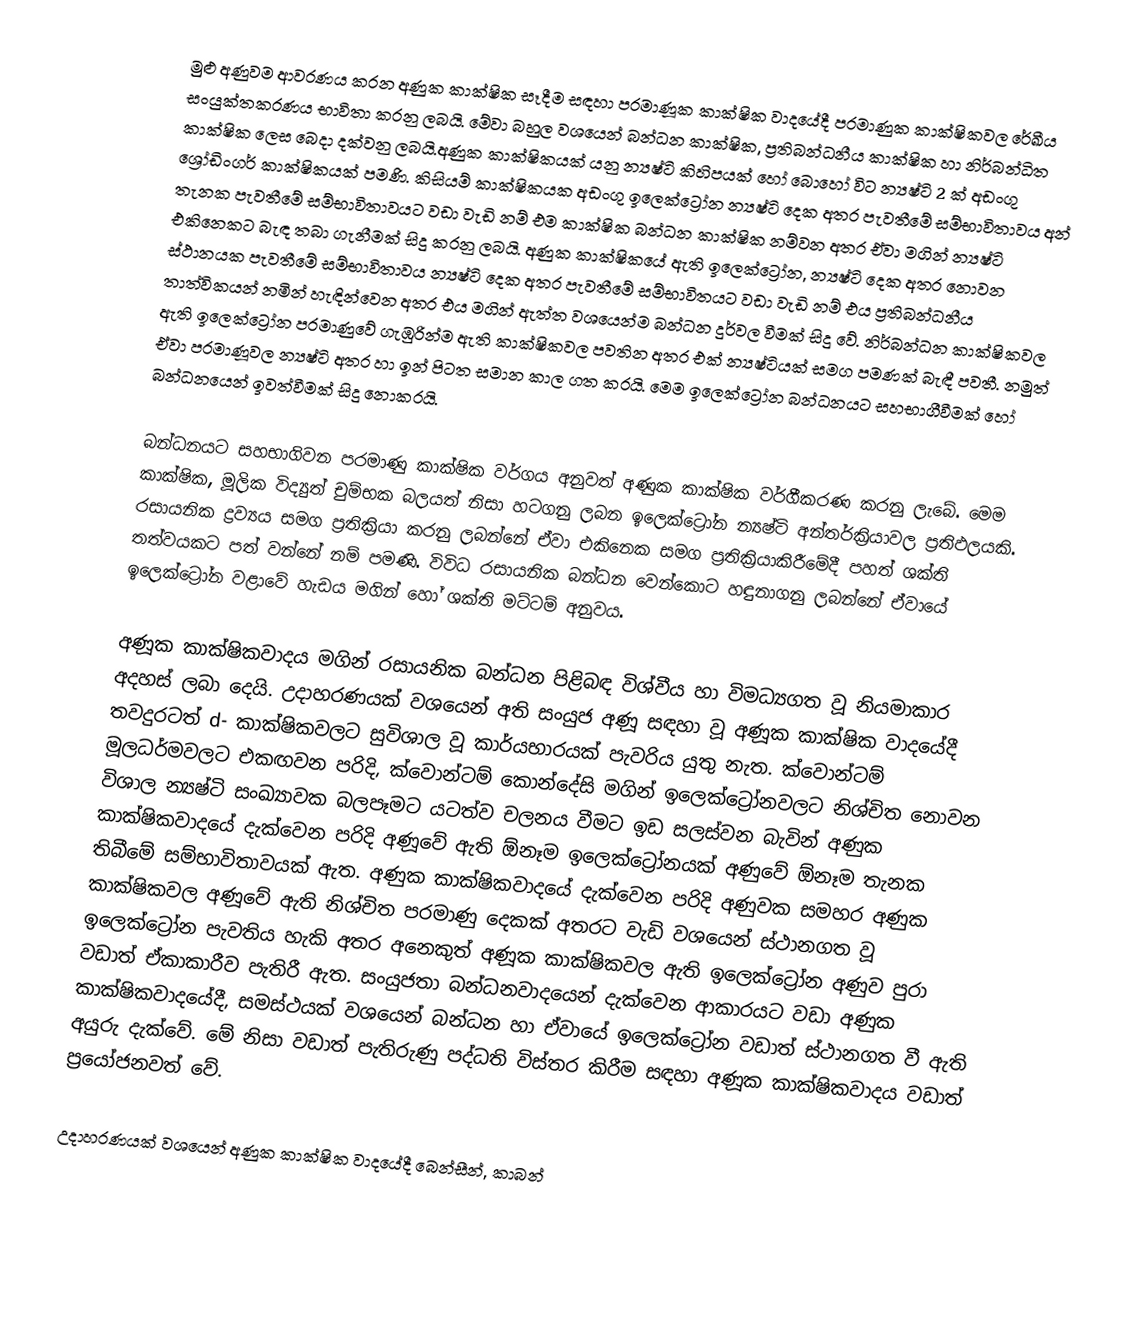
මුළු අණුවම ආවරණය කරන අණුක කාක්ෂික සෑදීම සඳහා පරමාණූක කාක්ෂික වාදයේදී පරමාණුක කාක්ෂිකවල රේඛීය සංයුක්තකරණය භාවිතා කරනු ලබයි. මේවා බහුල වශයෙන් බන්ධන කාක්ෂික, ප්‍රතිබන්ධනීය කාක්ෂික හා නිර්බන්ධිත කාක්ෂික ලෙස බෙදා දක්වනු ලබයි.අණුක කාක්ෂිකයක් යනු න්‍යෂ්ටි කිහිපයක් හෝ බොහෝ විට න්‍යෂ්ටි 2 ක් අඩංගු ශ්‍රෝඩිංගර් කාක්ෂිකයක් පමණි. කිසියම් කාක්ෂිකයක අඩංගු ඉලෙක්ට්‍රෝන න්‍යෂ්ටි දෙක අතර පැවතීමේ සම්භාවිතාවය අන් තැනක පැවතීමේ සම්භාවිතාවයට වඩා වැඩි නම් එම කාක්ෂික බන්ධන කාක්ෂික නම්වන අතර ඒවා මගින් න්‍යෂ්ටි එකිනෙකට බැඳ තබා ගැනීමක් සිදු කරනු ලබයි. අණුක කාක්ෂිකයේ ඇති ඉලෙක්ට්‍රෝන, න්‍යෂ්ටි දෙක අතර නොවන ස්ථානයක පැවතීමේ සම්භාවිතාවය න්‍යෂ්ටි දෙක අතර පැවතීමේ සම්භාවිතයට වඩ‍ා වැඩි නම් එය ප්‍රතිබන්ධනීය තාත්විකයන් නමින් හැඳින්වෙන අතර එය මගින් ඇත්ත වශයෙන්ම බන්ධන දුර්වල වීමක් සිදු වේ. නිර්බන්ධන කාක්ෂිකවල ඇති ඉලෙක්ට්‍රෝන පරම‍ාණුවේ ගැඹුරින්ම ඇති කාක්ෂිකවල පවතින අතර එක් න්‍යෂ්ටියක් සමග පමණක් බැඳී පවතී. නමුත් ඒවා පරමාණූවල න්‍යෂ්ටි අතර හා ඉන් පිටත සමාන කාල ගත කරයි. මෙම ඉලෙක්ට්‍රෝන බන්ධනයට සහභාගීවීමක් හෝ බන්ධනයෙන් ඉවත්වීමක් සිදු නොකරයි.

බන්ධනයට සහභාගිවන පරමාණු කාක්ෂික වර්ගය අනුවත්  අණුක කාක්ෂික වර්ගීකරණ කරනු ලැබේ. මෙම කාක්ෂික, මූලික විද්‍යුත් චුම්භක බලයත් නිසා හටගනු ලබන ඉලෙක්ට්‍රෝන න්‍යෂ්ටි අන්තර්ක්‍රියාවල ප්‍රතිඵලයකි. රසායනික ද්‍රව්‍යය සමග ප්‍රතික්‍රියා කරනු ලබන්නේ ඒවා එකිනෙක සමග ප්‍රතික්‍රියාකිරීමේදී පහත් ශක්ති තත්වයකට පත් වන්නේ නම් පමණි. විවිධ රසායනික බන්ධන වෙන්කොට හඳුනාගනු ලබන්නේ ඒවායේ ඉලෙක්ට්‍රෝන වළාවේ හැඩය මගින් හෝ ශක්ති මට්ටම් අනුවය.

අණූක කාක්ෂිකවාදය මගින් රසායනික බන්ධන පිළිබඳ විශ්වීය හා විමධ්‍යගත වූ නියමාකාර අදහස් ලබා දෙයි. උදාහරණයක් වශයෙන් අති සංයුජ අණූ සඳහා වූ අණූක කාක්ෂික වාදයේදී තවදුරටත් d- කාක්ෂිකවලට සුවිශාල වූ කාර්යභාරයක් පැවරිය යුතු නැත. ක්වොන්ටම් මූලධර්මවලට එකඟවන පරිදි, ක්වොන්ටම් කොන්දේසි මගින් ඉලෙක්ට්‍රෝනවලට නිශ්චිත නොවන විශාල න්‍යෂ්ටි සංඛ්‍යාවක බලපෑමට යටත්ව චලනය වීමට ඉඩ සලස්වන බැවින් අණුක කාක්ෂිකවාදයේ දැක්වෙන පරිදි අණූවේ ඇති ඕනෑම ඉලෙක්ට්‍රෝනයක් අණුවේ ඕනෑම තැනක තිබීමේ සම්භාවිතාවයක් ඇත. අණුක කාක්ෂිකවාදයේ දැක්වෙන පරිදි අණුවක සමහර අණුක කාක්ෂිකවල අණූවේ ඇති නිශ්චිත පරමාණු දෙකක් අතරට වැඩි වශයෙන් ස්ථානගත වූ ඉලෙක්ට්‍රෝන පැවතිය හැකි අතර අනෙකුත් අණූක කාක්ෂිකවල ඇති ඉලෙක්ට්‍රෝන අණුව පුරා වඩාත් ඒකාකාරීව පැතිරී ඇත. සංයුජතා බන්ධනවාදයෙන් දැක්වෙන ආකාරයට වඩා අණුක කාක්ෂිකවාදයේදී, සමස්ථයක් වශයෙන් බන්ධන හා ඒවායේ ඉලෙක්ට්‍රෝන වඩාත් ස්ථානගත වී ඇති අයුරු දැක්වේ. මේ නිසා වඩාත් පැතිරුණු පද්ධති විස්තර කිරීම සඳහා අණූක කාක්ෂිකවාදය වඩාත් ප්‍රයෝජනවත් ‍වේ.

උදාහරණයක් වශයෙන් අණුක කාක්ෂික වාදයේදී බෙන්සීන්, කාබන්